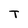
Character: T